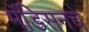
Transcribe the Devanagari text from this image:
मॅडिसनचे